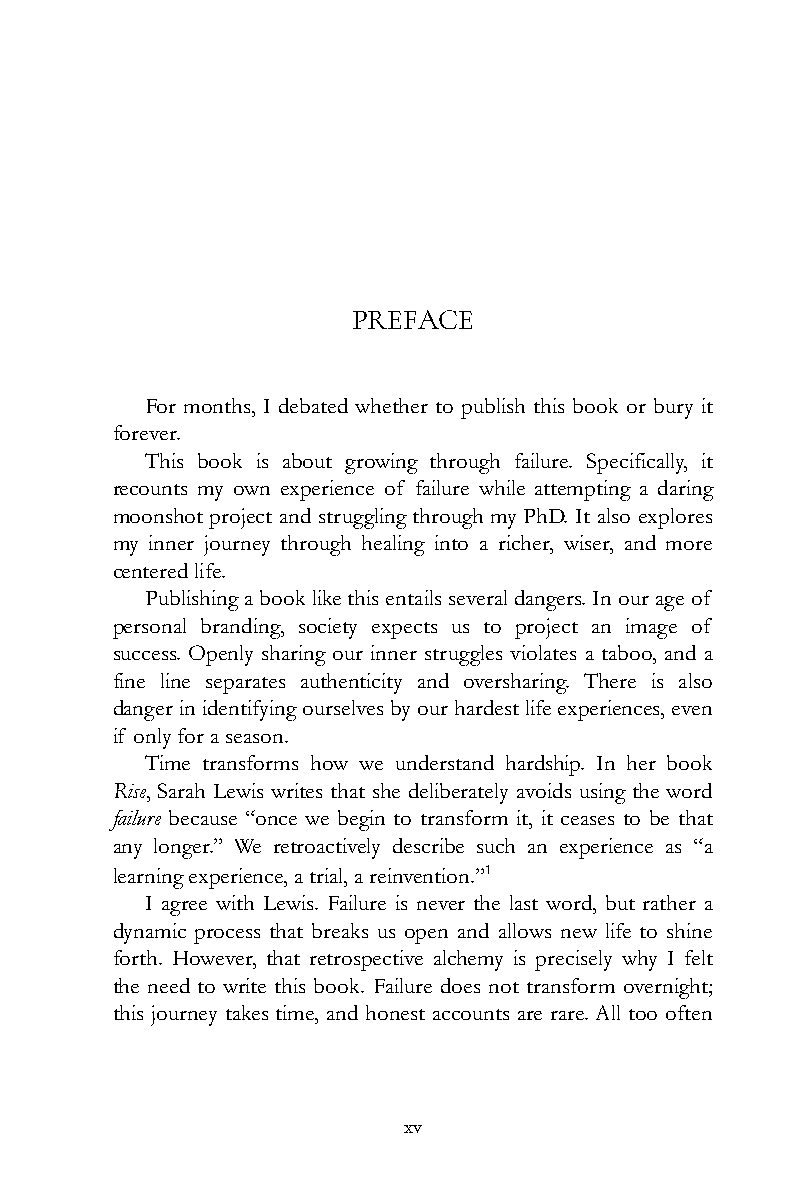
PREFACE
 For months, I debated whether to publish this book or bury it
 forever.
 This book is about growing through failure. Specifically, it
 recounts my own experience of failure while attempting a daring
 moonshot project and struggling through my PhD. It also explores
 my inner journey through healing into a richer, wiser, and more
 centered life.
 Publishing a book like this entails several dangers. In our age of
 personal branding, society expects us to project an image of
 success. Openly sharing our inner struggles violates a taboo, and a
 fine line separates authenticity and oversharing. There is also
 danger in identifying ourselves by our hardest life experiences, even
 if only for a season.
 Time transforms how we understand hardship. In her book
 Rise, Sarah Lewis writes that she deliberately avoids using the word
 failure because “once we begin to transform it, it ceases to be that
 any longer.” We retroactively describe such an experience as “a
 learning experience, a trial, a reinvention.”1
 I agree with Lewis. Failure is never the last word, but rather a
 dynamic process that breaks us open and allows new life to shine
 forth. However, that retrospective alchemy is precisely why I felt
 the need to write this book. Failure does not transform overnight;
 this journey takes time, and honest accounts are rare. All too often
 xv